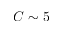
C \sim 5